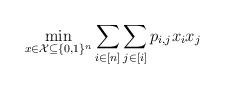
LaTeX: \begin{align*}\min_{x \in \mathcal{X} \subseteq \{0,1\}^n} & \sum_{i \in[n]} \sum_{j\in [i]} p_{i,j} x_ix_j\end{align*}